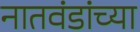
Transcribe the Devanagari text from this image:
नातवंडांच्या